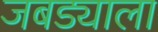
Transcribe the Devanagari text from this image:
जबड्याला